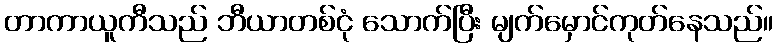
တာကာယူကီသည် ဘီယာတစ်ငုံ သောက်ပြီး မျက်မှောင်ကုတ်နေသည်။